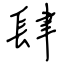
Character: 肆